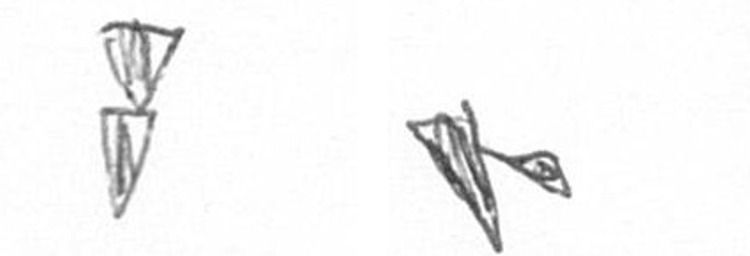
Z F